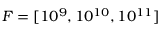
F = [ 1 0 ^ { 9 } , 1 0 ^ { 1 0 } , 1 0 ^ { 1 1 } ]